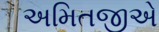
અમિતજીએ